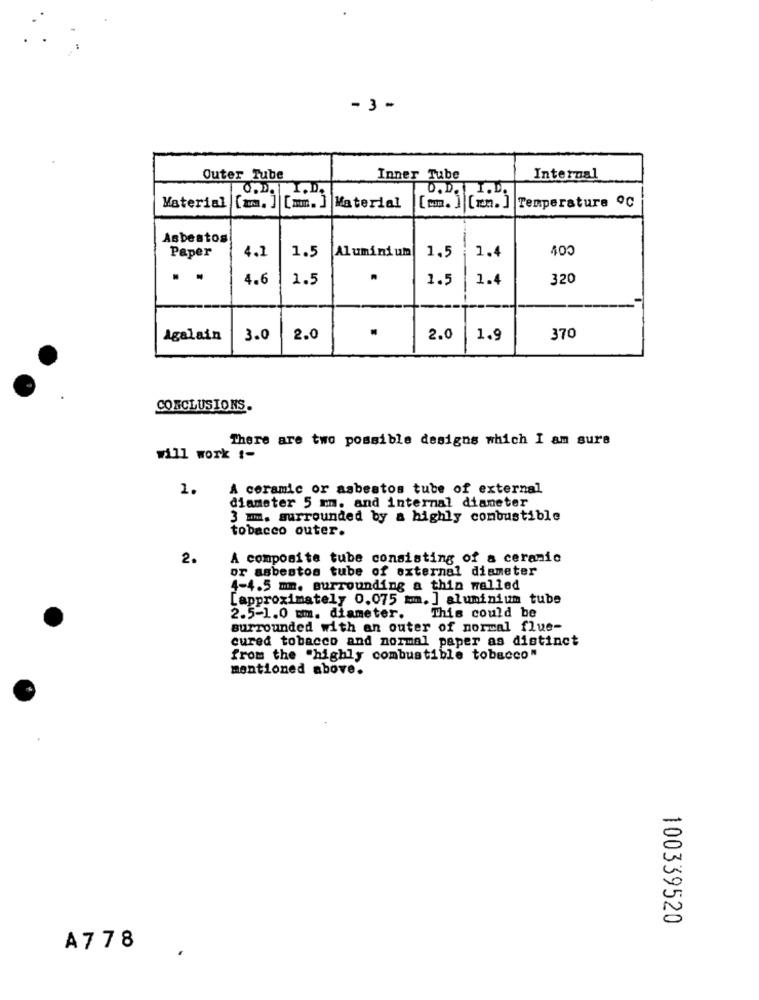
- 3 -
Outer Tube
Inner Tube
Internal
O.D.
D.D. I.D.
[mm. ]
[w. ] [.]
Temperature ºC
Material [mm. ]
Material
Asbestos
Cov
Paper
4.1
Aluminium
1.5
1.4
1.5
. .
4.6
1.5
.
1.5
1.4
320
.
Agalain
3.0
2.0
2.0
1.9
370
CONCLUSIONS.
There are two possible designs which I am sure
will work :-
1.
A ceramic or asbestos tube of external
diameter 5 mm. and internal diameter
3 mm. surrounded by a highly combustible
tobacco outer.
2.
A composite tube consisting of a ceramic
or asbestos tube of external diameter
4-4.5 mm. surrounding a thin walled
[approximately 0.075 mmm. ] aluminium tube
2.5-1.0 mmm. diameter. This could be
surrounded with an outer of normal flue-
cured tobacco and normal paper as distinct
from the "highly combustible tobacco"
mentioned above.
100339520
A778